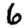
Digit: 6